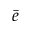
\bar { e }